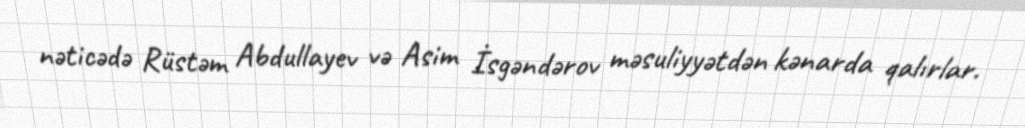
nəticədə Rüstəm Abdullayev və Asim İsgəndərov məsuliyyətdən kənarda qalırlar.